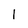
Character: l